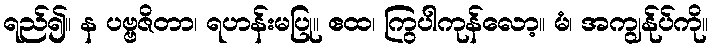
ရည်၍။ န ပဗ္ဗဇိတာ၊ ရဟန်းမပြု။ ဧထ၊ ကြွပါကုန်လော့။ မံ၊ အကျွန်ုပ်ကို။